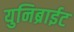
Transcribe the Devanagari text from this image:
युनिब्राईट